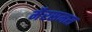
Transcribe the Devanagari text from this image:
मैरसमस